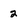
Character: 2